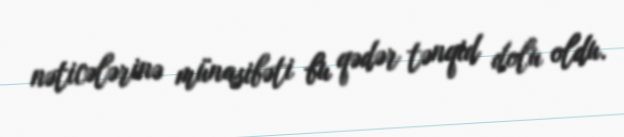
nəticələrinə münasibəti bu qədər tənqid dolu oldu.